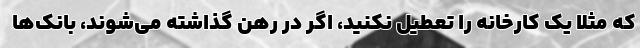
که مثلا یک کارخانه را تعطیل نکنید، اگر در رهن گذاشته می‌شوند، بانک‌ها